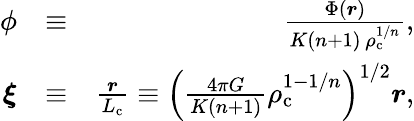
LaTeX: \begin{array}{rlr}{\phi}&{\equiv}&{\frac{\Phi(\boldsymbol{r})}{K(n+1)\, \rho_{\mathrm{c}}^{1/n}},}\\ {\boldsymbol{\xi}}&{\equiv}&{\frac{\boldsymbol{r}}{L_{\mathrm{c}}}\equiv\left(\frac{4\pi G}{K(n+1)}\rho_{\mathrm{c}}^{1-1/n}\right)^{1/2}\boldsymbol{r},}\end{array}